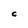
Character: C